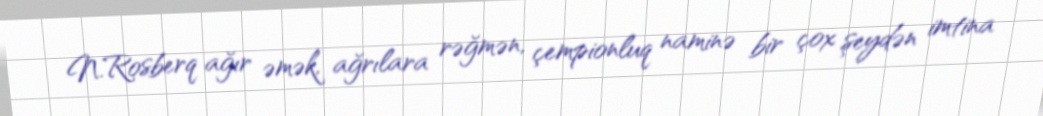
N.Rosberq ağır əmək, ağrılara rəğmən, çempionluq naminə bir çox şeydən imtina